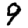
Digit: 9